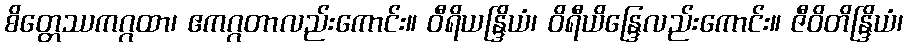
စိတ္တေဿကဂ္ဂထာ၊ ဧကဂ္ဂတာလည်းကောင်း။ ဝီရိယန္ဒြိယံ၊ ဝိရီယိန္ဒြေလည်းကောင်း။ ဇီဝိတိန္ဒြိယံ၊